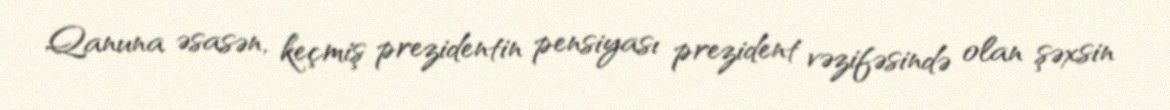
Qanuna əsasən, keçmiş prezidentin pensiyası prezident vəzifəsində olan şəxsin